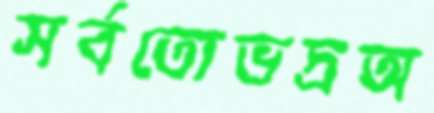
সর্বতোভদ্রঅ